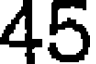
45